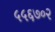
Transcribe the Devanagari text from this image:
५५६७०२